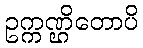
ဥက္ကဏ္ဌိတောပိ